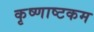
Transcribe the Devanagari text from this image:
कृष्णाष्टकम